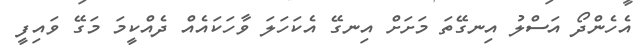
އެހެންދޯ އަސްލު އިނގޭތަ މަށަށް އިނގޭ އެކަހަލަ ވާހަކައެއް ދެއްކީމަ މަގޭ ވައިފީ